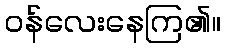
ဝန်လေးနေကြ၏။